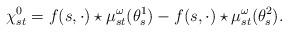
LaTeX: \begin{align*} \chi^0_{st} = f(s,\cdot)\star\mu_{st}^\omega(\theta_s^1) - f(s,\cdot)\star\mu_{st}^\omega(\theta_s^2). \end{align*}